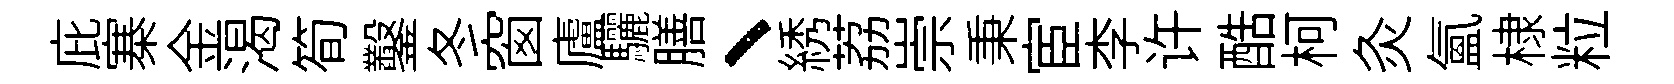
庇寨金渴筍鑿冬窗廬驪膳、綉荔崇秉宦李许酷柯灸氲棣粒